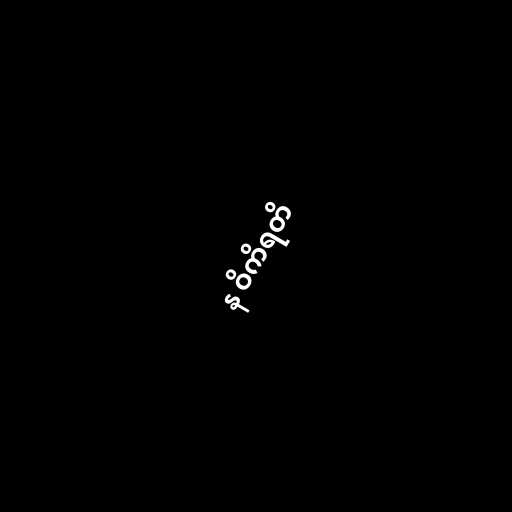
န ဝိကိရတိ